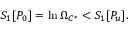
S _ { 1 } [ P _ { 0 } ] = \ln \Omega _ { C ^ { * } } < S _ { 1 } [ P _ { u } ] .